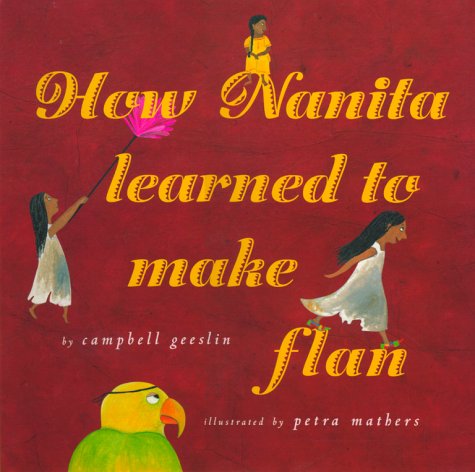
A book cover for How Nanita Learned To Make Flan; Campbell Geeslin; Children's Books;